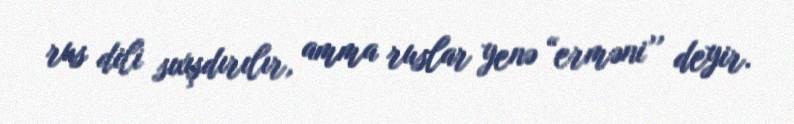
rus dili sıxışdırılır, amma ruslar yenə “erməni’’ deyir.